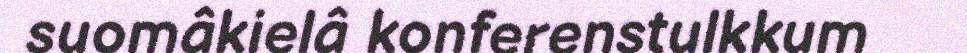
suomâkielâ konferenstulkkum